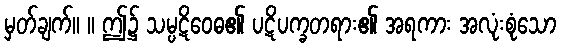
မှတ်ချက်။ ။ ဤ၌ သမ္ပဋိဝေဓ၏ ပဋိပက္ခတရား၏ အရကား အလုံးစုံသော